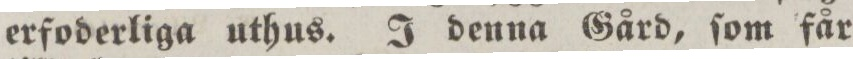
erfoderliga uthus. I denna Gård, ſom får